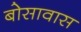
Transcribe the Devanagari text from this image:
बोसावास